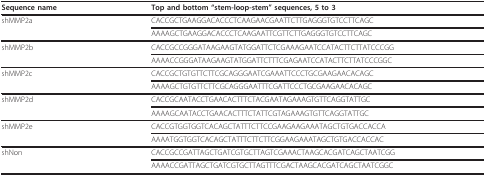
| Sequence name | Top and bottom "stem-loop-stem" sequences, 5 to 3 |
 | --- | --- |
 | shMMP2a | CACCGCTGAAGGACACCCTCAAGAACGAATTCTTGAGGGTGTCCTTCAGC |
 |  | AAAAGCTGAAGGACACCCTCAAGAATTCGTTCTTGAGGGTGTCCTTCAGC |
 | shMMP2b | CACCGCCGGGATAAGAAGTATGGATTCTCGAAAGAATCCATACTTCTTATCCCGG |
 |  | AAAACCGGGATAAGAAGTATGGATTCTTTCGAGAATCCATACTTCTTATCCCGGC |
 | shMMP2c | CACCGCTGTGTTCTTCGCAGGGAATCGAAATTCCCTGCGAAGAACACAGC |
 |  | AAAAGCTGTGTTCTTCGCAGGGAATTTCGATTCCCTGCGAAGAACACAGC |
 | shMMP2d | CACCGCAATACCTGAACACTTTCTACGAATAGAAAGTGTTCAGGTATTGC |
 |  | AAAAGCAATACCTGAACACTTTCTATTCGTAGAAAGTGTTCAGGTATTGC |
 | shMMP2e | CACCGTGGTGGTCACAGCTATTTCTTCCGAAGAAGAAATAGCTGTGACCACCA |
 |  | AAAATGGTGGTCACAGCTATTTCTTCTTCGGAAGAAATAGCTGTGACCACCAC |
 | shNon | CACCGCCGATTAGCTGATCGTGCTTAGTCGAAACTAAGCACGATCAGCTAATCGG |
 |  | AAAACCGATTAGCTGATCGTGCTTAGTTTCGACTAAGCACGATCAGCTAATCGGC |